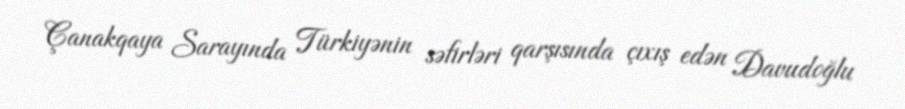
Çanakqaya Sarayında Türkiyənin səfirləri qarşısında çıxış edən Davudoğlu